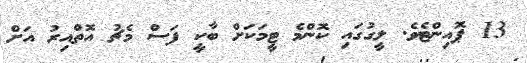
13 ޕޮއިންޓެވެ. ލީގުގައި ކޮންމެ ޓީމަަކަށް ބާކީ ފަސް މެޗު އޮތްއިރު އަށް